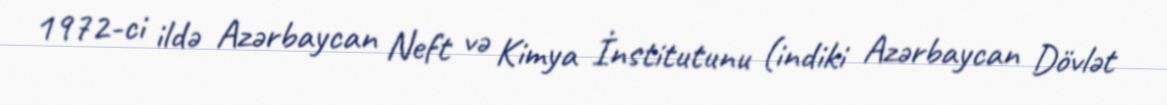
1972-ci ildə Azərbaycan Neft və Kimya İnstitutunu (indiki Azərbaycan Dövlət